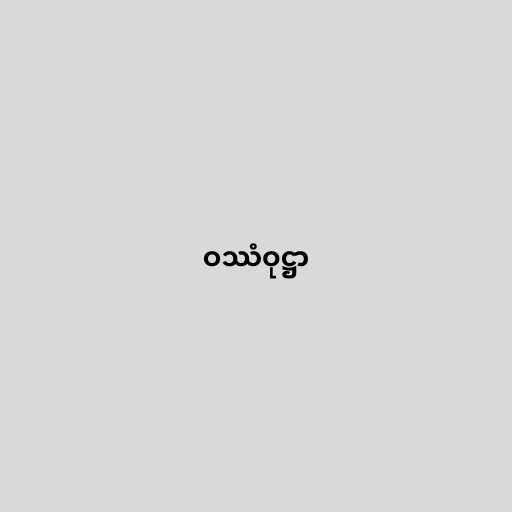
ဝဿံဝုဋ္ဌာ